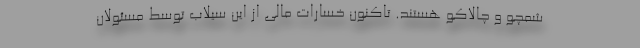
شمچو و چالاکو هستند. تاکنون خسارات مالی از این سیلاب توسط مسئولان